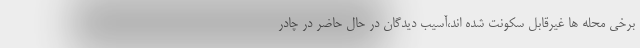
برخی محله ها غیرقابل سکونت شده اند،آسیب دیدگان در حال حاضر در چادر